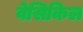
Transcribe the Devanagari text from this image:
वेसिकिल